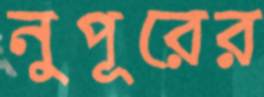
নুপূরের